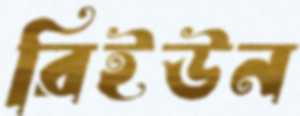
রিইউন